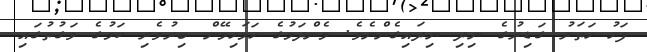
ފަހު ހަތަރު ގަޑިރުގެ ނިދި ނިދައިގެންނެވެ. މެންދަމުގެ ހަމަހިމޭން ބިރުވެރި ކަމުގެ ވަގުތުގައި